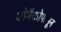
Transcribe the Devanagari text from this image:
मोनॅकोपासून